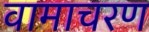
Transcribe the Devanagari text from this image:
वामाचरण